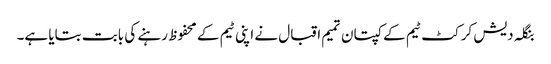
بنگلہ دیش کرکٹ ٹیم کے کپتان تمیم اقبال نے اپنی ٹیم کے محفوظ رہنے کی بابت بتایا ہے۔